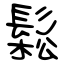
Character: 鬆